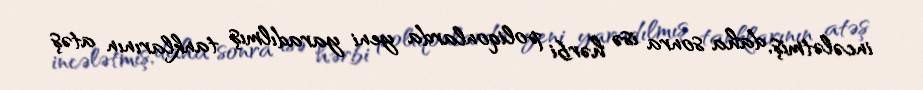
incələtmiş, daha sonra isə hərbi poliqonlarda yeni yaradılmış tanklarının atəş